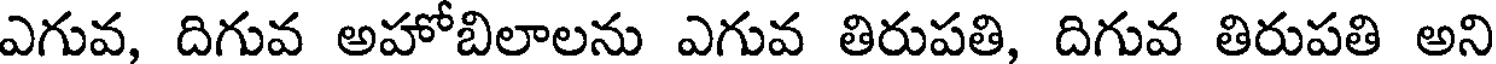
ఎగువ, దిగువ అహోబిలాలను ఎగువ తిరుపతి, దిగువ తిరుపతి అని